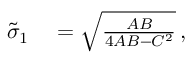
\begin{array} { r l } { \tilde { \sigma } _ { 1 } } & { { } = \sqrt { \frac { A B } { 4 A B - C ^ { 2 } } } \, , } \end{array}